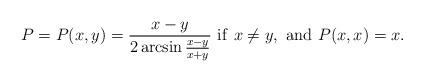
LaTeX: \begin{align*}P=P(x,y)=\frac{x-y}{2\arcsin\frac{x-y}{x+y}}\,\,{\rm if\,\,}x\not= y,\,\, {\rm and\,\,} P(x,x)=x. \end{align*}